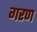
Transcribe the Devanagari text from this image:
गरण